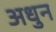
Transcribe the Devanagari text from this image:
अधुन